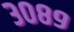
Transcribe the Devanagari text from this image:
३०८९